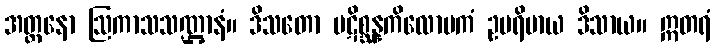
အတ္တနော ဩကာသသဏ္ဌာနံ။ ဒိသတော ပဋိစ္ဆန္နကိလောမကံ ဥပရိမာယ ဒိသာယ။ ဣတရံ